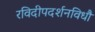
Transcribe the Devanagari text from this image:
रविदीपदर्शनविधौ